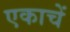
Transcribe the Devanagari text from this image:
एकाचें